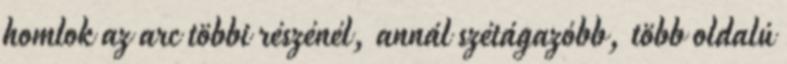
homlok az arc többi részénél, annál szétágazóbb, több oldalú